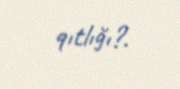
qıtlığı?.